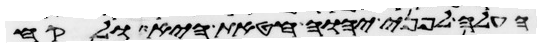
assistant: העלה לפני יהוה חטאת היא ולקח